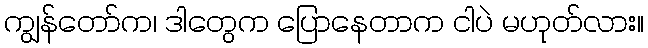
ကျွန်တော်က၊ ဒါတွေက ပြောနေတာက ငါပဲ မဟုတ်လား။